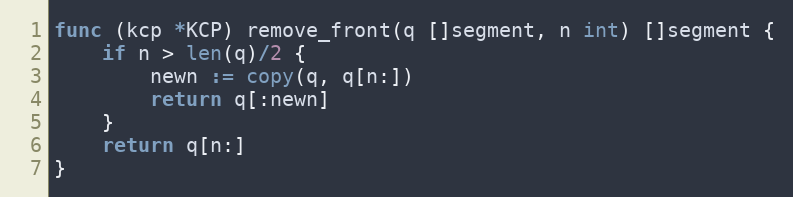
Language: Go
func (kcp *KCP) remove_front(q []segment, n int) []segment {
	if n > len(q)/2 {
		newn := copy(q, q[n:])
		return q[:newn]
	}
	return q[n:]
}